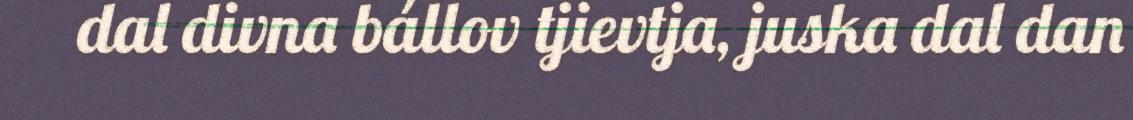
dal divna bállov tjievtja, juska dal dan